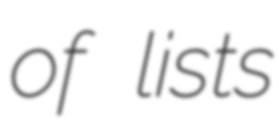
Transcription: of lists